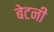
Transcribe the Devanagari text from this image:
बेटनी